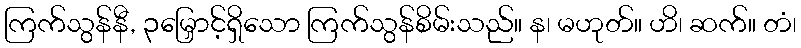
ကြက်သွန်နီ, ၃မြှောင့်ရှိသော ကြက်သွန်စိမ်းသည်။ န၊ မဟုတ်။ ဟိ၊ ဆက်။ တံ၊